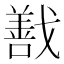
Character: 𭟽